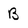
Character: B